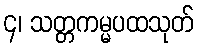
၄၊ သတ္တကမ္မပထသုတ်